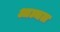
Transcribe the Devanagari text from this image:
आञ्चल